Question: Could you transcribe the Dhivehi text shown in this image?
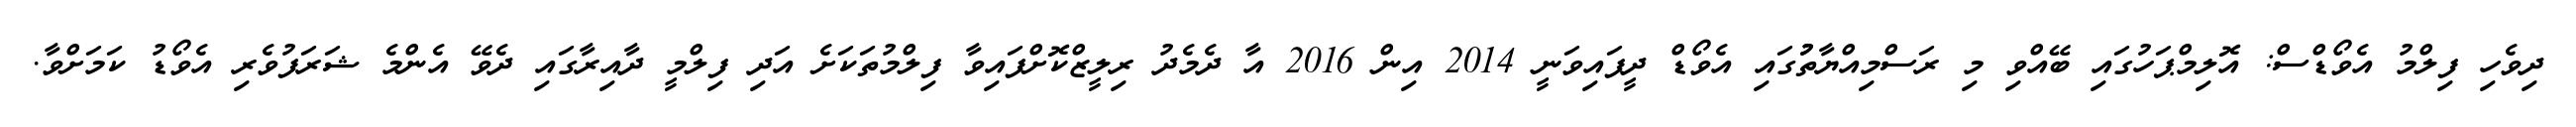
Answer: ދިވެހި ފިލްމު އެވޯޑްސް: އޮލިމްޕަހުގައި ބޭއްވި މި ރަސްމިއްޔާތުުގައި އެވޯޑް ދީފައިވަނީ 2014 އިން 2016 އާ ދެމެދު ރިލީޒްކޮށްފައިވާ ފިލްމުތަކަށެ އަދި ފިލްމީ ދާއިރާގައި ދެވޭ އެންމެ ޝަރަފުވެރި އެވޯޑު ކަމަށްވާ.